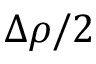
\Delta \rho / 2